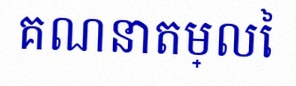
គណនាតម្លៃ